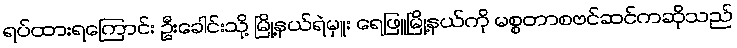
ရပ်ထားရကြောင်း ဦးခေါင်းသို့ မြို့နယ်ရဲမှူး ရေဖြူမြို့နယ်ကို မစ္စတာစဗင်ဆင်ကဆိုသည်